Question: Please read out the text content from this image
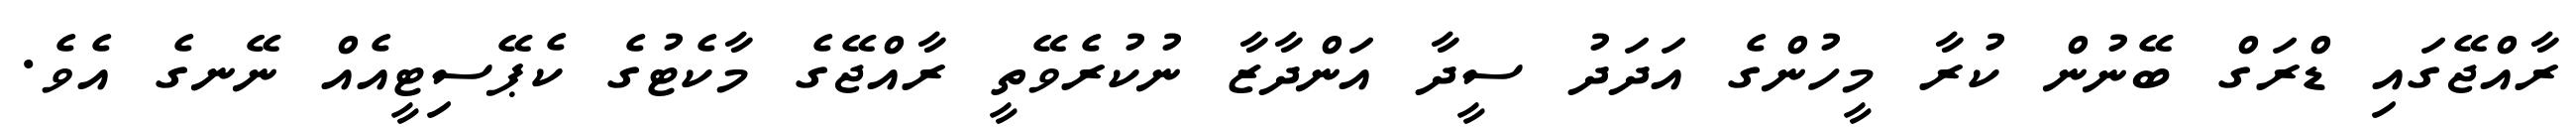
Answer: ރާއްޖޭގައި ޑްރަގް ބޭނުން ކުރާ މީހުންގެ އަދަދު ސީދާ އަންދާޒާ ނުކުރެވޭތީ ރާއްޖޭގެ މާކެޓުގެ ކެޕޭސިޓީއެއް ނޭނގެ އެވެ.